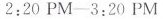
2:20 PM—3:20 PM